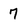
Character: 7